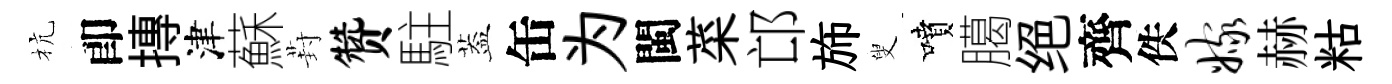
杭卽摶津蘇葑赞駐葢缶为閩菜邙斾叟噴臈绝齊佚嫁赫䊀